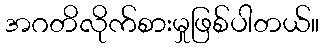
အဂတိလိုက်စားမှုဖြစ်ပါတယ်။